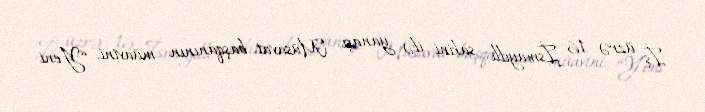
İş üzrə 16 İsmayıllı sakini ilə yanaşı, Müsavat başqanının müavini, “Yeni